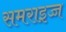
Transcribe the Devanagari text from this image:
समराइच्च